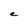
Character: e